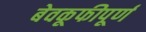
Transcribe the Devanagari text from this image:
बेवकूफीपूर्ण